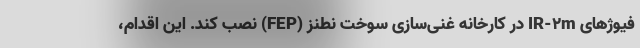
فیوژهای IR-2m در کارخانه غنی‌سازی سوخت نطنز (FEP) نصب کند. این اقدام،